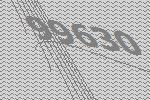
99630